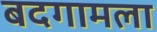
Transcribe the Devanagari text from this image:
बदगामला